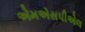
એમએસપીએલ